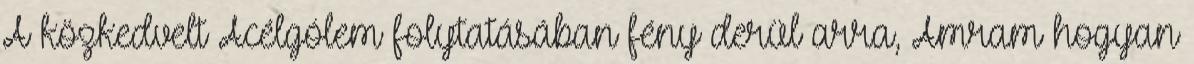
A közkedvelt Acélgólem folytatásában fény derül arra, Amram hogyan